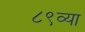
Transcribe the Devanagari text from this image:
८९व्या